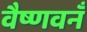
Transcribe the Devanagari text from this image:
वैष्णवनँ